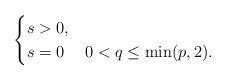
LaTeX: \begin{align*} \begin{cases} s>0, & \\ s=0 & 0<q\le \min (p,2). \end{cases} \end{align*}